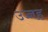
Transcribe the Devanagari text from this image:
उच्चह